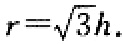
\(r = \sqrt{3h}\)